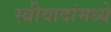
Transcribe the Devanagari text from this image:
स्त्रीवादांमध्ये